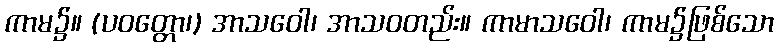
ကာမ၌။ (ပဝတ္တော၊) အာသဝေါ၊ အာသဝတည်း။ ကာမာသဝေါ၊ ကာမ၌ဖြစ်သော